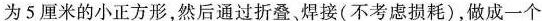
为5厘米的小正方形，然后通过折叠、焊接(不考虑损耗)，做成一个